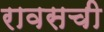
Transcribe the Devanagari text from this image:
रावसची